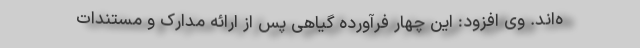
ه‌‌اند. وی افزود: این چهار فرآورده گیاهی پس از ارائه مدارک و مستندات